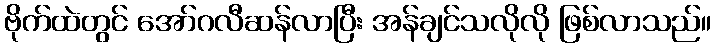
ဗိုက်ထဲတွင် အော်ဂလီဆန်လာပြီး အန်ချင်သလိုလို ဖြစ်လာသည်။